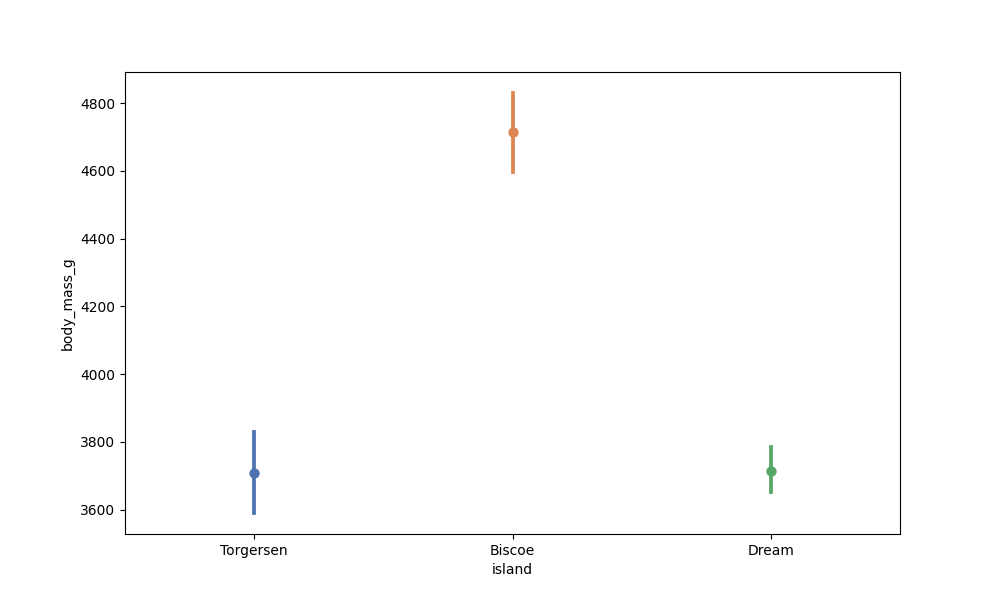
python, seaborn, pointplot, scale=1.0, join=False, hue='None', palette='deep'